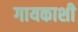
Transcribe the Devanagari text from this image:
गायकाशी